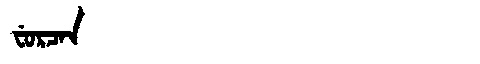
Manchu: ᠸᡠᡵᠴᠠᠨ
Romanization: FURCAN